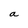
Character: a